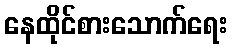
နေထိုင်စားသောက်ရေး